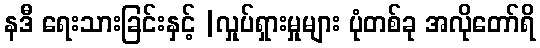
နဒီ ရေးသားခြင်းနှင့် |လှုပ်ရှားမှုများ ပုံတစ်ခု အလိုတော်ရိ